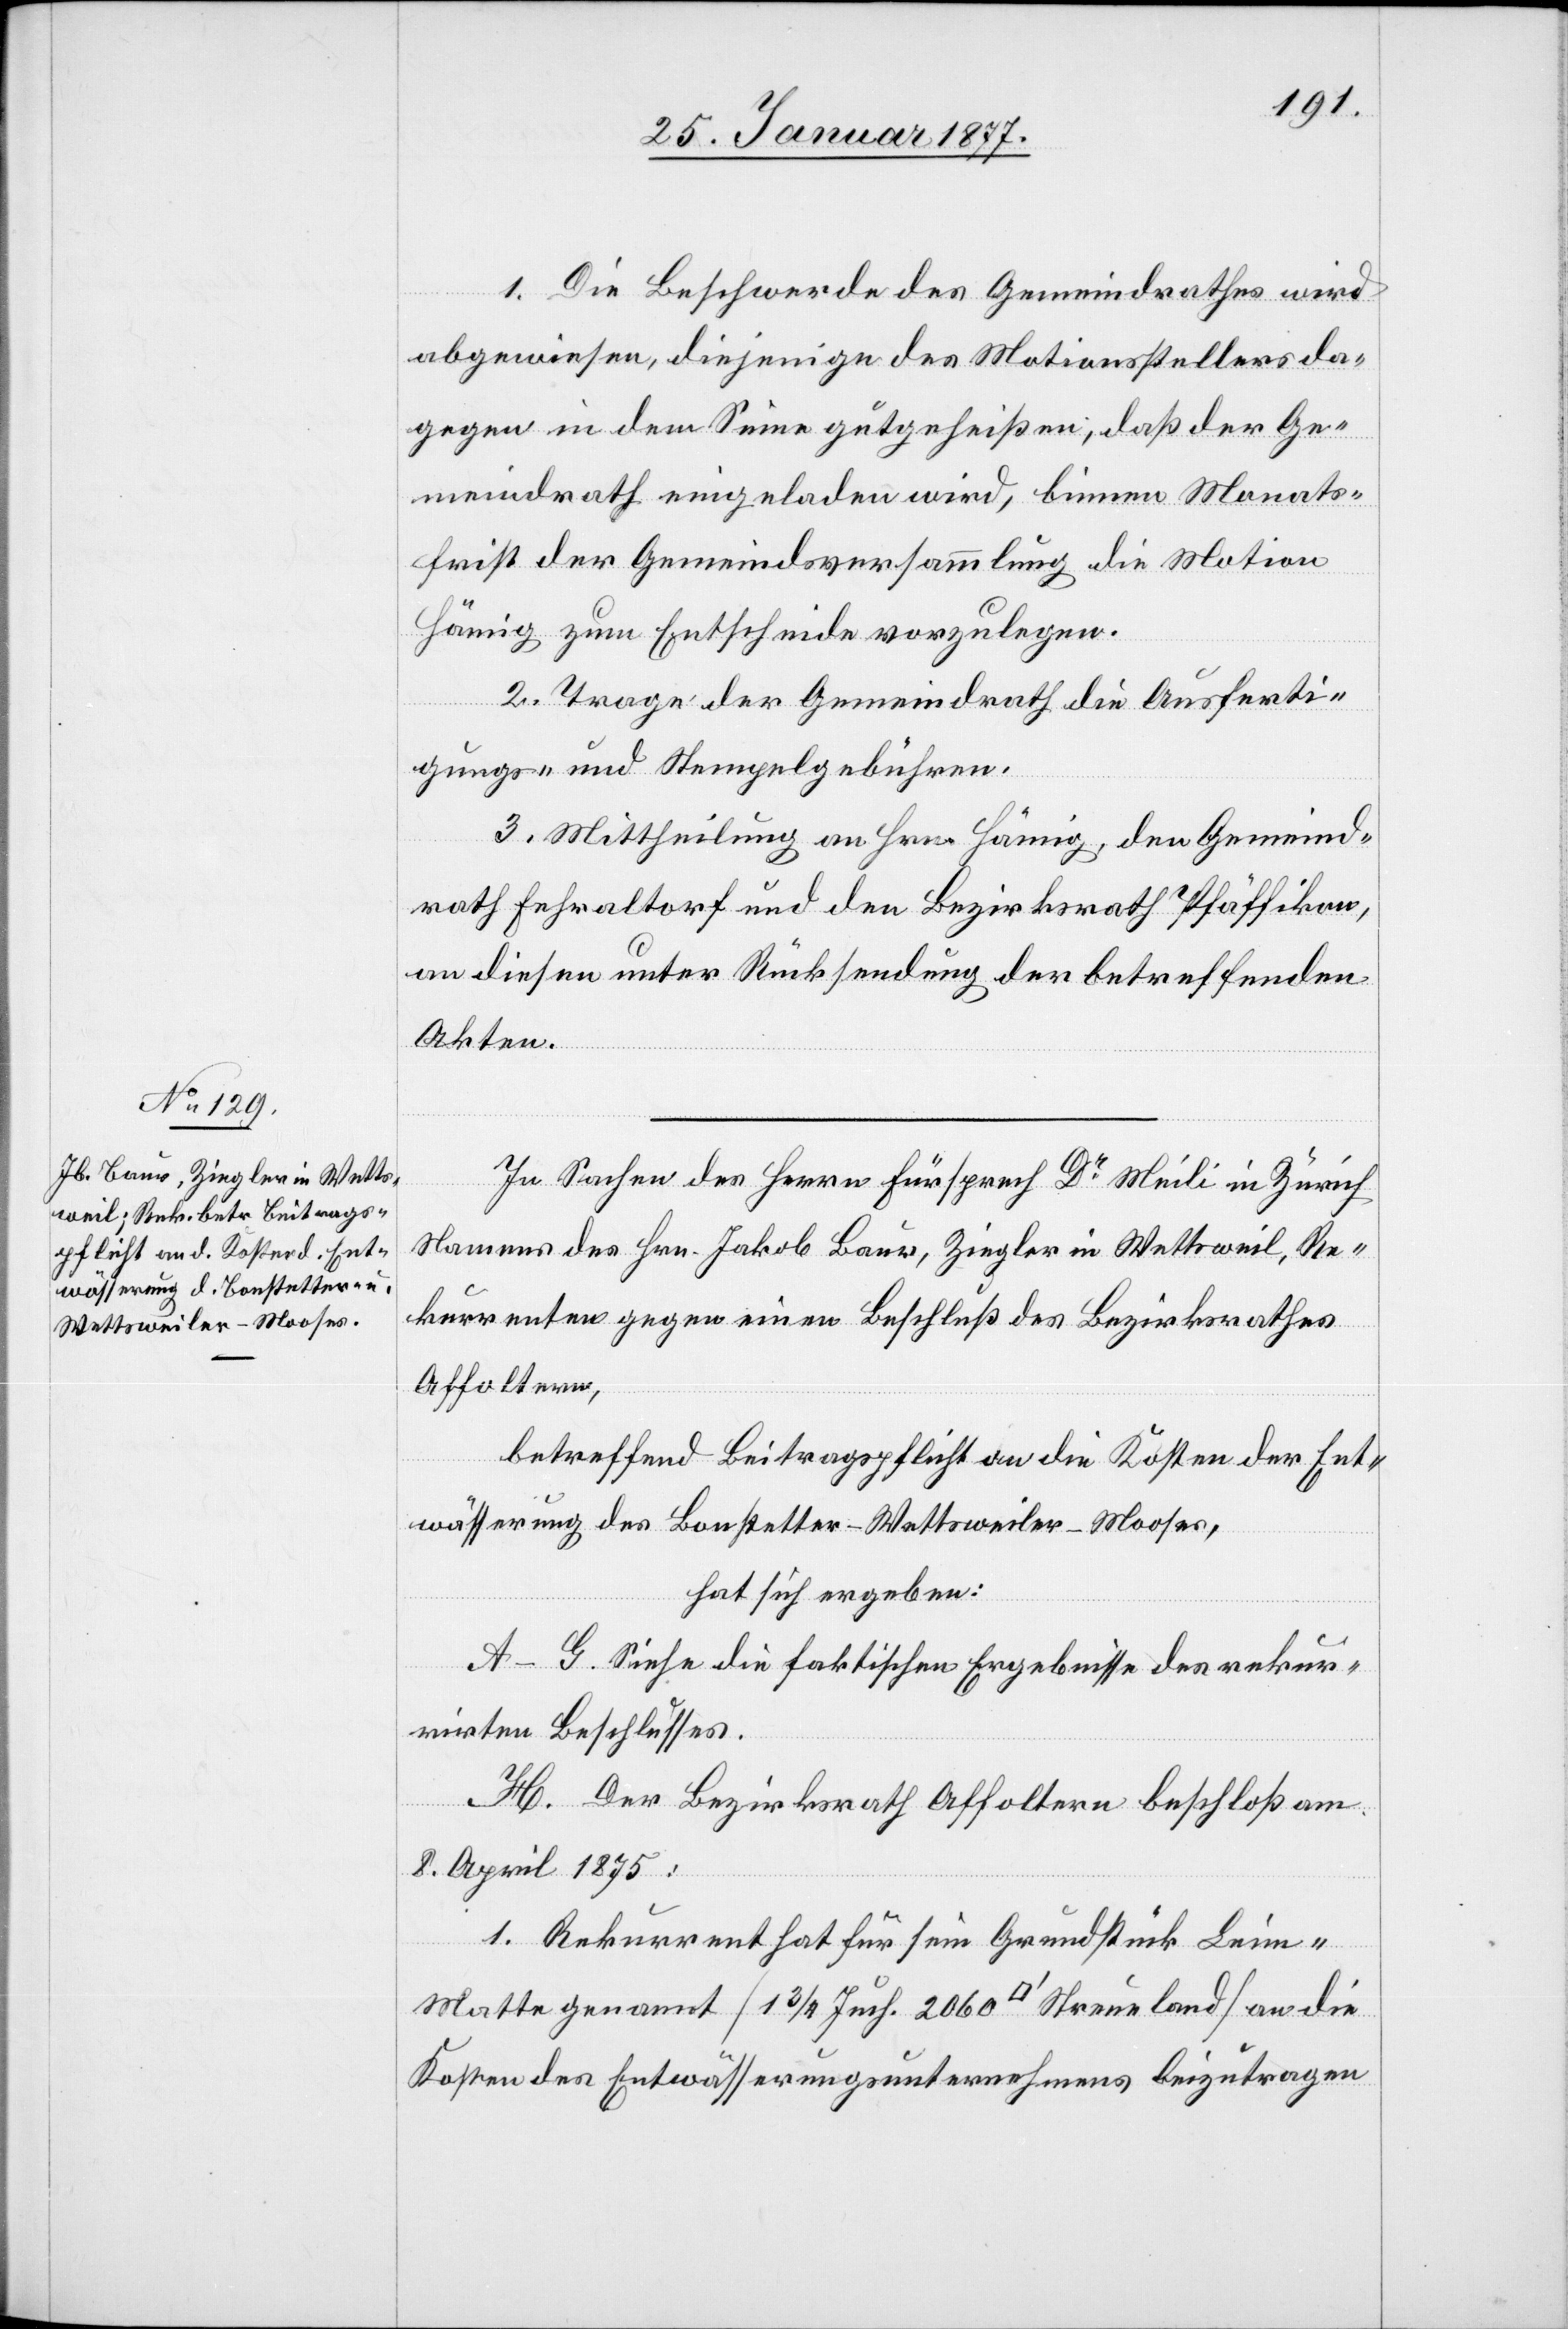
1. Die Beschwerde des Gemeindrathes wird
abgewiesen, diejenige des Motionsstellers da¬
gegen in dem Sinne gutgeheißen, daß der Ge¬
meindrath eingeladen wird, binnen Monats¬
frist der Gemeindsversammlung die Motion
Hämig zum Entscheide vorzulegen.
2. Trage der Gemeindrath die Ausferti¬
gungs- und Stempelgebühren.
3. Mittheilung an Hrn. Hämig, den Gemeind¬
rath Fehraltorf und den Bezirksrath Pfäffikon,
an diesen unter Rücksendung der betreffenden
Akten.
In Sachen des Herrn Fürsprech Dr Meili in Zürich
Namens des Hrn. Jakob Baur, Ziegler in Wettsweil, Re¬
kurrenten gegen einen Beschluß des Bezirksrathes
Affoltern,
betreffend Beitragspflicht an die Kosten der Ent¬
wässerung des Bonstetter-Wettsweiler-Mooses,
hat sich ergeben:
A–G. Siehe die faktischen Ergebnisse des rekur¬
rirten Beschlusses.
H. Der Bezirksrath Affoltern beschloß am
8. April 1875:
1. Rekurrent hat für sein Grundstück Leim-M¬
atte genannt [1 3/4 Juch. 2060 [Quadratfuss] Streueland] an die
Kosten des Entwässerungsunternehmens beizutragen